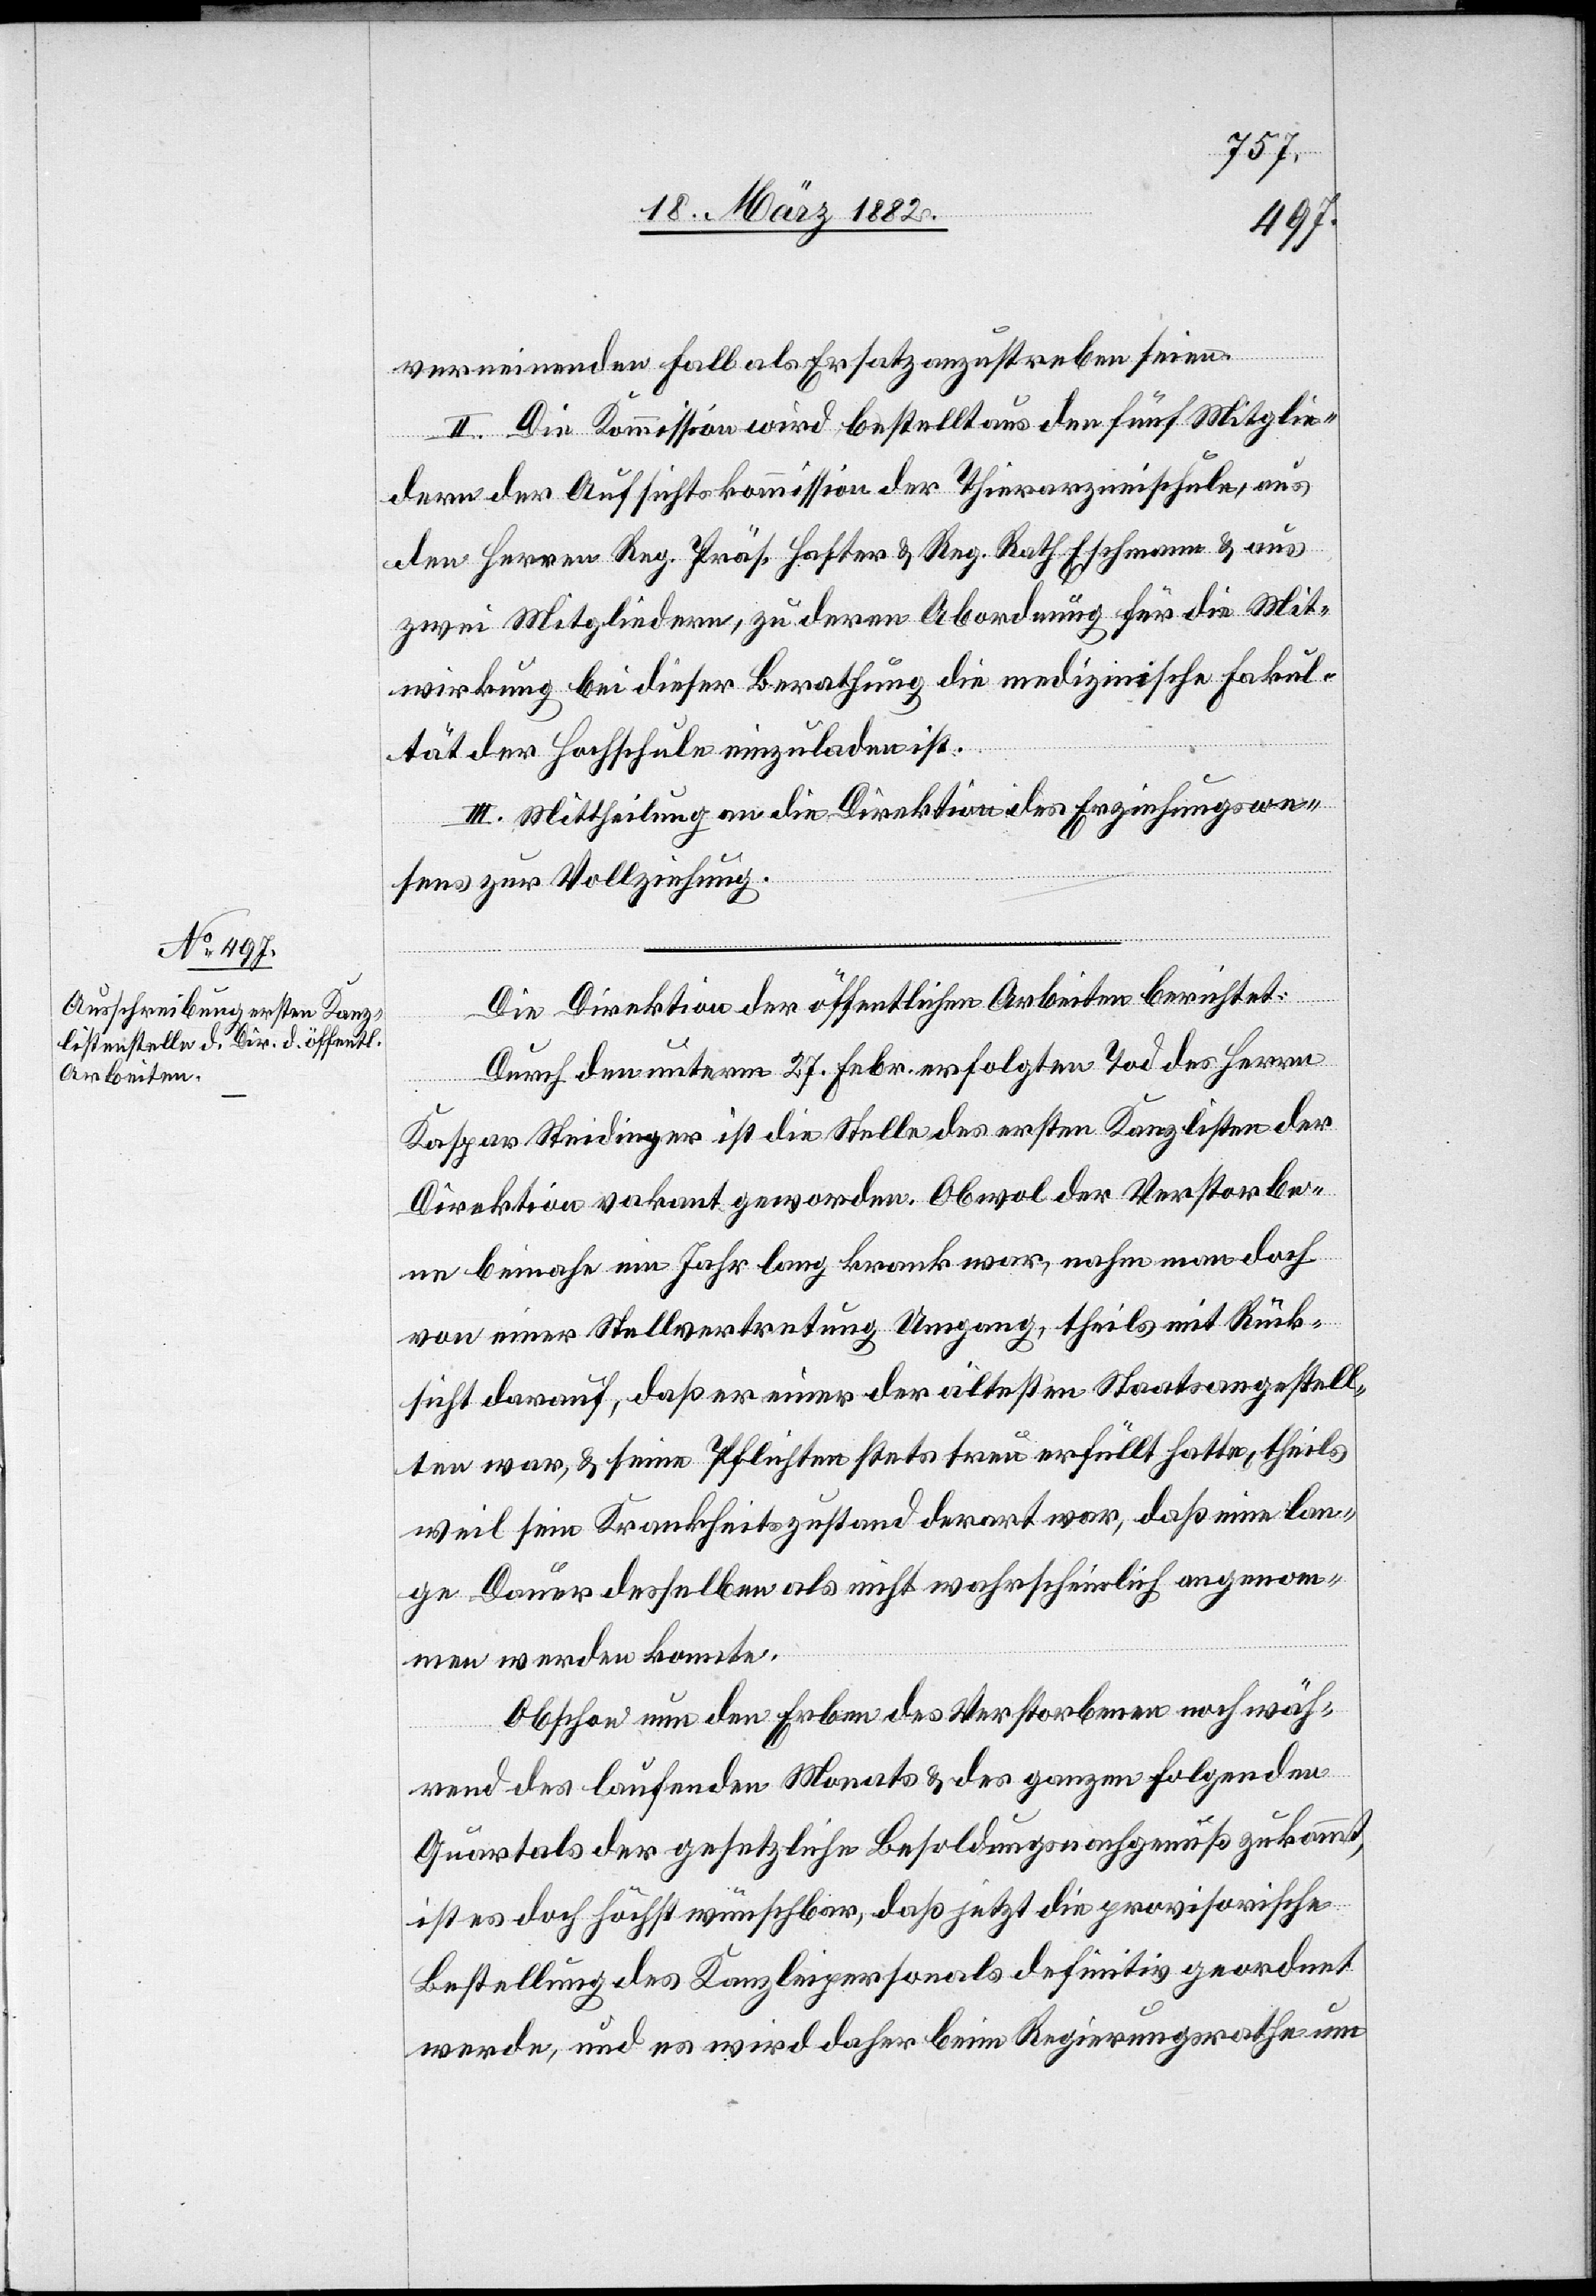
verneinenden Falle als Ersatz anzustreben seien.
II. Die Kommission wird bestellt aus den fünf Mitglie¬
dern der Aufsichtskommission der Thierarzneischule, aus
den Herren Reg. Präs. Hafter & Reg. Rath Eschmann & aus
zwei Mitgliedern, zu deren Abordnung für die Mit¬
wirkung bei dieser Berathung die medizinische Fakul¬
tät der Hochschule einzuladen ist.
III. Mittheilung an die Direktion des Erziehungswe¬
sens zur Vollziehung.
Die Direktion der öffentlichen Arbeiten berichtet:
Durch den unterm 27. Febr. erfolgten Tod des Herrn
Kaspar Steidinger ist die Stelle des ersten Kanzlisten der
Direktion vakant geworden. Obwol der Verstorbe¬
ne beinahe ein Jahr lang krank war, nahm man doch
von einer Stellvertretung Umgang, theils mit Rück¬
sicht darauf, daß er einer der ältesten Staatsangestell¬
ten war, & seine Pflichten stets treu erfüllt hatte, theils
weil sein Krankheitszustand derart war, daß eine lan¬
ge Dauer desselben als nicht wahrscheinlich angenomm¬
en werden konnte.
Obschon nun den Erben des Verstorbenen noch wäh¬
rend des laufenden Monats & des ganzen folgenden
Quartals der gesetzliche Besoldungsnachgenuß zukommt,
ist es doch höchst wünschbar, daß jetzt die provisorische
Bestellung des Kanzleipersonals definitiv geordnet
werde, und es wird daher beim Regierungsrath um